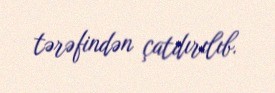
tərəfindən çatdırılıb.